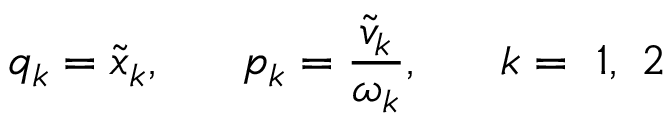
q _ { k } = \tilde { x } _ { k } , ~ ~ ~ ~ ~ p _ { k } = \frac { \tilde { v } _ { k } } { \omega _ { k } } , ~ ~ ~ ~ ~ k = ~ 1 , ~ 2